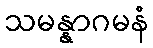
သမန္နာဂမနံ